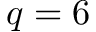
q = 6